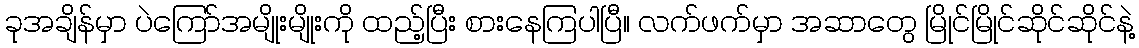
ခုအချိန်မှာ ပဲကြော်အမျိုးမျိုးကို ထည့်ပြီး စားနေကြပါပြီ။ လက်ဖက်မှာ အဆာတွေ မြိုင်မြိုင်ဆိုင်ဆိုင်နဲ့